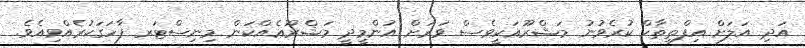
އަދި އަލަށް އިފްތިތާހް ކުރެވުނު މަޝްރޫޢަކީވެސް ވަރަށް އުންމީދީ މަޝްރޫޢެއްކަން މިނިސްޓަރ ފާހަގަކުރެއްވިއެވެ.